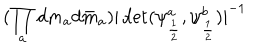
( \prod _ { a } d m _ { a } d \bar { m } _ { a } ) { \vert \det ( \psi _ { \frac { 1 } { 2 } } ^ { a } , \psi _ { \frac { 1 } { 2 } } ^ { b } ) \vert } ^ { - 1 }